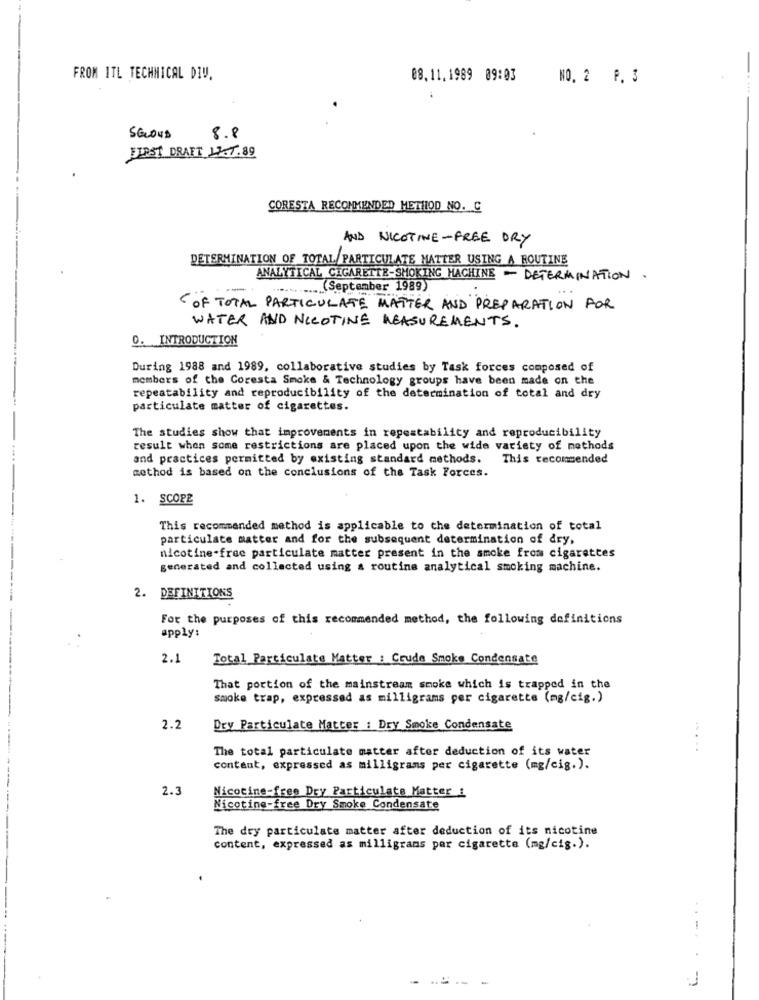
FROM ITL TECHNICAL DIV.
08.11.1989 09:03
NO. 2 P. 3
SGOUD
8.8
FIRST DRAFT 11.7.89
CORESTA RECOMMENDED METHOD NO. C
AND NICOTINE-FREE ORY
DETERMINATION OF TOTAL PARTICULATE MATTER USING A ROUTINE
ANALYTICAL CIGARETTE-SMOKING MACHINE - DETERMINATION.
-
" ............ (September 1989)
OF TOTAL PARTICULATE MATTER AND PREPARATION FOR
WATER AND NICOTINE MEASUREMENTS.
0. INTRODUCTION
During 1988 and 1989, collaborative studies by Task forces composed of
members of the Coresta Smoke & Technology groups have been made on the
repeatability and reproducibility of the determination of total and dry
particulate matter of cigarettes.
The studies show that improvements in repeatability and reproducibility
result when some restrictions are placed upon the wide variety of methods
and practices permitted by existing standard methods.
This recomended
method is based on the conclusions of the Task Forces.
1. SCOPE
This recommended method is applicable to the determination of total
particulate matter and for the subsequent determination of dry,
nicotine-free particulate matter present in the smoke from cigarettes
generated and collected using & routine analytical smoking machine.
DEFINITIONS
For the purposes of this recommended method, the following definitions
apply:
2.1
Total Particulate Matter : Crude Smoke Condensate
That portion of the mainstream smoke which is trapped in the
smoke trap, expressed as milligrams per cigarette (mg/cig.)
2.2
Dry Particulate Matter : Dry Smoke Condensate
The total particulate matter after deduction of its water
content, expressed as milligrams per cigarette (mg/cig.).
2.3
Nicotine-free Dry Particulate Matter i
Nicotine-free Dry Smoke Condensate
The dry particulate matter after deduction of its nicotine
content, expressed as milligrams par cigarette (mg/cig.).
--- -